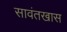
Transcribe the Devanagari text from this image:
सावंतखास